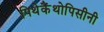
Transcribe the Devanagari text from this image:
पिथेकैंथोपिसीनी